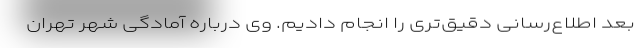
بعد اطلاع‌رسانی دقیق‌تری را انجام دادیم. وی درباره آمادگی شهر تهران